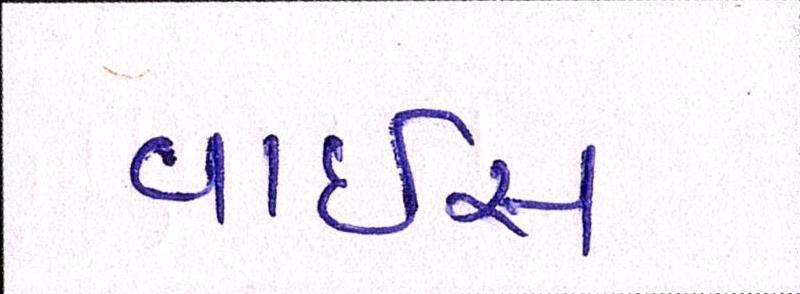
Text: વાઈસ